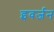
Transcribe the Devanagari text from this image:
इवर्जन